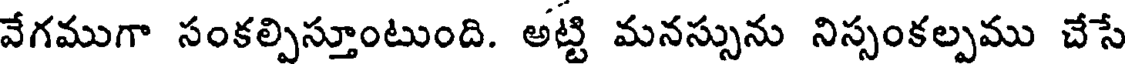
వేగముగా సంకల్పిస్తూంటుంది. అట్టి మనస్సును నిస్సంకల్పము చేసే